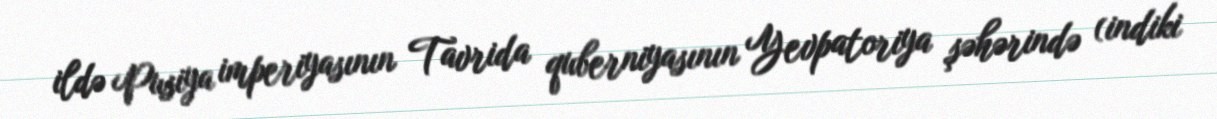
ildə Pusiya imperiyasının Tavrida quberniyasının Yevpatoriya şəhərində (indiki